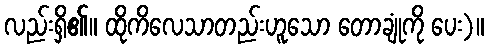
လည်းရှိ၏။ ထိုကိလေသာတည်းဟူသော တောချုံကို ပေး)။